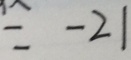
= - 2 1